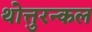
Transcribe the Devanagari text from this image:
थोत्तुरन्कल